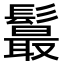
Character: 𩯉